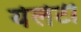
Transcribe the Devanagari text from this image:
येलेटी